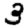
Digit: 3